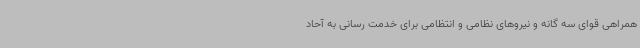
همراهی قوای سه گانه و نیروهای نظامی و انتظامی برای خدمت رسانی به آحاد